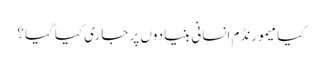
کیا میمورنڈم انسانی بنیادوں پر جاری کیا گیا؟